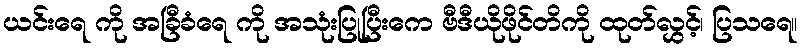
ယင်းရေ ကို အခြီခံရေ ကို အသုံးပြုပြီးကေ ဗီဒီယိုဖိုင်တိကို ထုတ်လွှင့်၊ ပြသရေ။